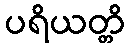
ပရိယတ္တိ